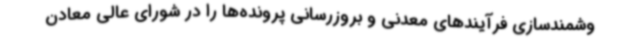
وشمندسازی فرآیندهای معدنی و بروزرسانی پرونده‌ها را در شورای عالی معادن